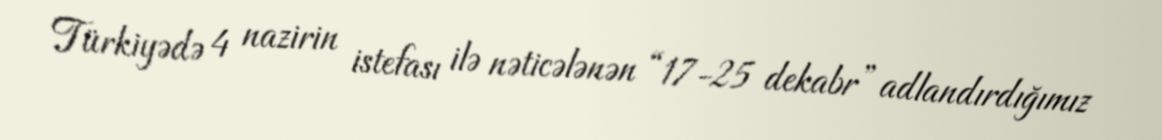
Türkiyədə 4 nazirin istefası ilə nəticələnən “17-25 dekabr” adlandırdığımız